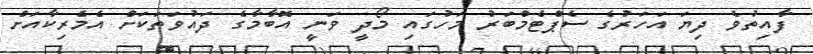
ފާއިތުވެ ދިޔަ އަހަރުގެ ސެޕްޓެމްބަރު މަހުގައި މޯދީ ވަނީ އޮބާމާގެ ދައުވަތަކަށް އެމެރިކާއަށް